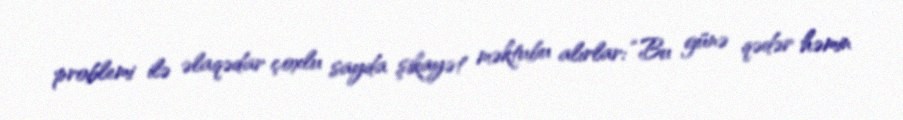
problemi ilə əlaqədar çoxlu sayda şikayət məktubu alırlar: “Bu günə qədər həmin